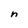
Character: n